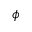
\phi